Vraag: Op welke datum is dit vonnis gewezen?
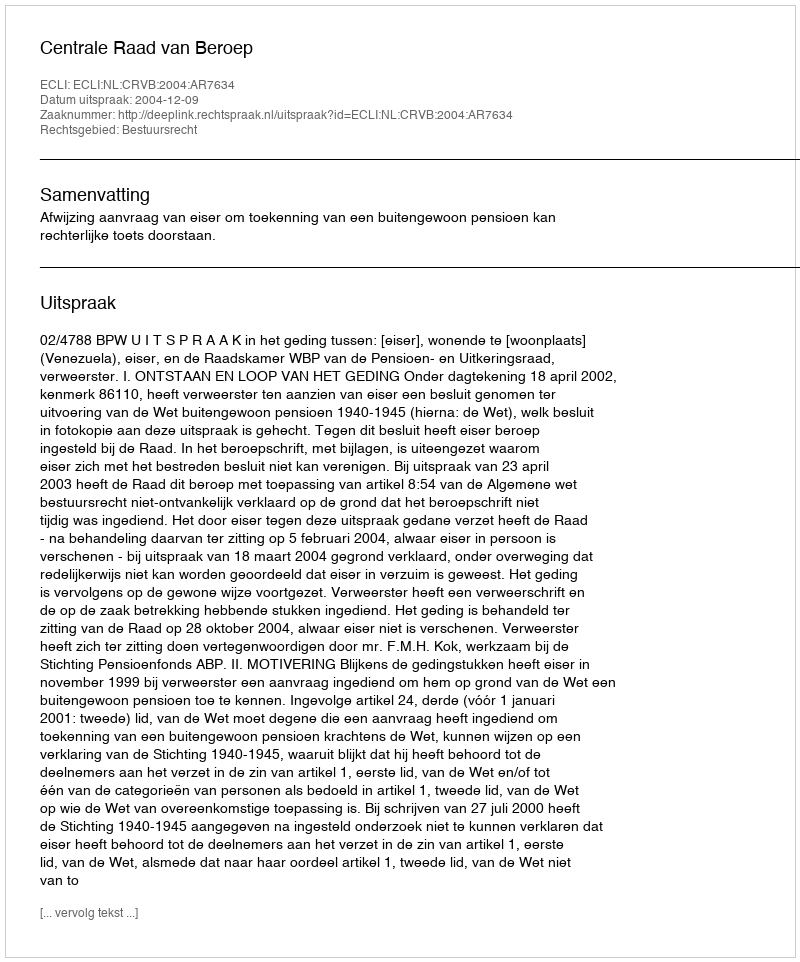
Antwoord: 2004-12-09